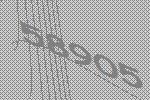
58905